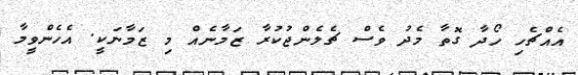
އެއްޗެހި ހޯދާ ގޮތާ މެދު ވެސް ޗެލެންޖުކުރާ ޒަމާނެއް މި ޒަމާނަކީ. އެހެންވީމާ